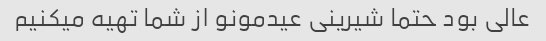
عالی بود حتما شیرینی عیدمونو از شما تهیه میکنیم